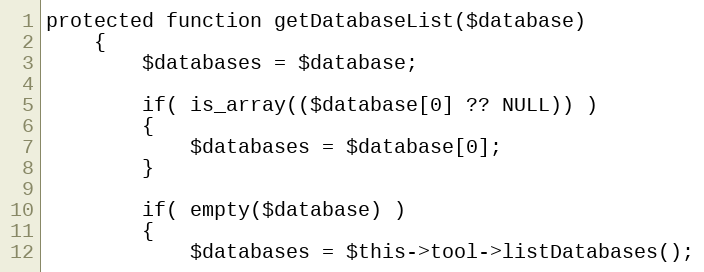
Language: PHP
protected function getDatabaseList($database)
    {
        $databases = $database;

        if( is_array(($database[0] ?? NULL)) )
        {
            $databases = $database[0];
        }

        if( empty($database) )
        {
            $databases = $this->tool->listDatabases();